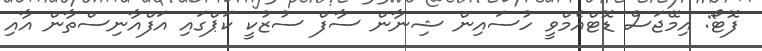
ފޮޓޯ: އިމޭޖަސް ޑޮޓްއެމްވީ ހުސައިން ޝިނާން ސާފް ސުޒުކީ ކަޕްގައި އަފްއާނިސްތާން އާއި